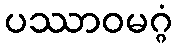
ပဿာဝမဂ္ဂံ